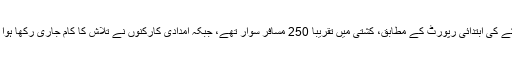
حادثے کی ابتدائی رپورٹ کے مطابق، کشتی میں تقریباً 250 مسافر سوار تھے، جبکہ امدادی کارکنوں نے تلاش کا کام جاری رکھا ہوا ہے۔